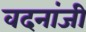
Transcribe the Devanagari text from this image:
वदनांजी